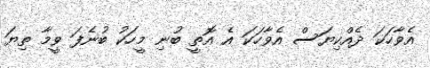
އެވާހަކަ ދެއްކިޔަސް އެވާހަކަ އެ އޮތީ ބުނި މީހަކު ބުނެފަ ވީމާ ތިޔަ